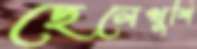
ছেলেখুশি